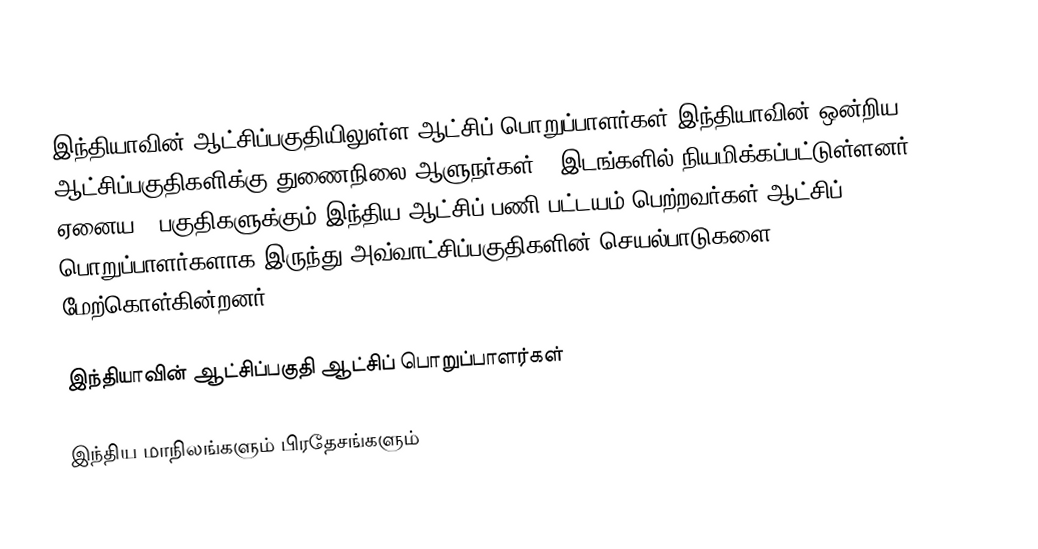
இந்தியாவின் ஆட்சிப்பகுதியிலுள்ள ஆட்சிப் பொறுப்பாளர்கள் இந்தியாவின் ஒன்றிய ஆட்சிப்பகுதிகளிக்கு துணைநிலை ஆளுநர்கள் 3 இடங்களில் நியமிக்கப்பட்டுள்ளனர். ஏனைய 4 பகுதிகளுக்கும் இந்திய ஆட்சிப் பணி பட்டயம் பெற்றவர்கள் ஆட்சிப் பொறுப்பாளர்களாக இருந்து அவ்வாட்சிப்பகுதிகளின் செயல்பாடுகளை மேற்கொள்கின்றனர்.

இந்தியாவின் ஆட்சிப்பகுதி ஆட்சிப் பொறுப்பாளர்கள்

இந்திய மாநிலங்களும் பிரதேசங்களும்